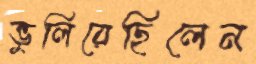
ভুলিয়েছিলেন